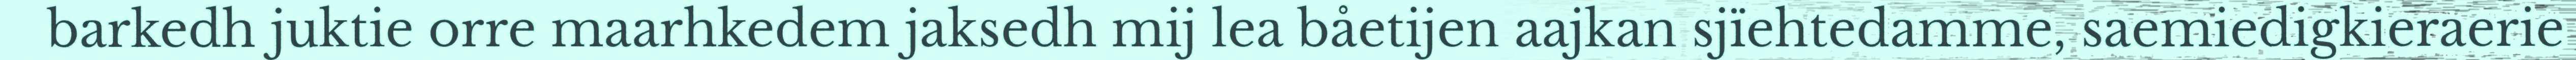
barkedh juktie orre maarhkedem jaksedh mij lea båetijen aajkan sjïehtedamme, saemiedigkieraerie